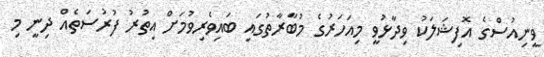
ވީނިއުސްގެ އޮފިޝަލަކު ވިދާޅުވީ މިއަހަރުގެ މުބާރާތުގައި ބައިވެރިވުމަށް އިތުރު ފުރުސަތެއް ދިނީ މި